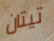
تيتان